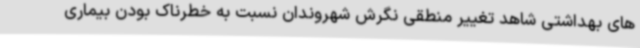
های بهداشتی شاهد تغییر منطقی نگرش شهروندان نسبت به خطرناک بودن بیماری